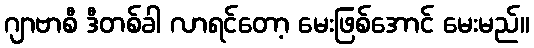
ဂျာဗာစီ ဒီတစ်ခါ လာရင်တော့ မေးဖြစ်အောင် မေးမည်။